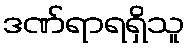
ဒဏ်ရာရရှိသူ